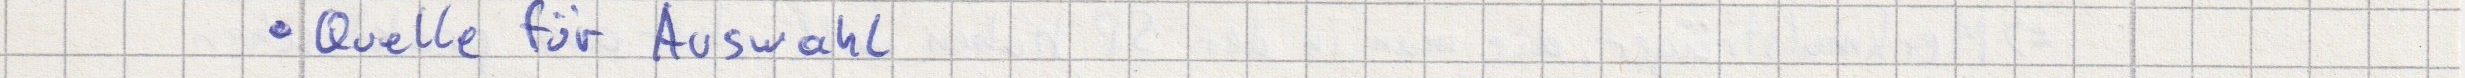
- Quelle für Auswahl